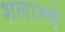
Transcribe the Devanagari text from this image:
शलाम्चे